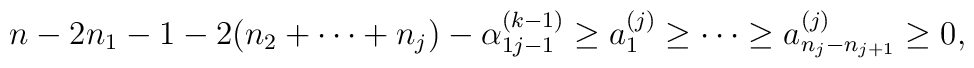
\begin{array}{l}n-2n_1 -1-2(n_2 + \cdots + n_j )-\alpha^{(k-1)}_{1 j-1}\geq a^{(j)}_1 \geq \cdots \geq a^{(j)}_{n_j -n_{j+1}}\geq 0,\end{array}